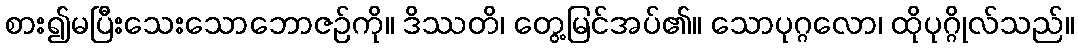
စား၍မပြီးသေးသောဘောဇဉ်ကို။ ဒိဿတိ၊ တွေ့မြင်အပ်၏။ သောပုဂ္ဂလော၊ ထိုပုဂ္ဂိုလ်သည်။